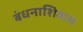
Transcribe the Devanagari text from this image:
बंधनाशिवाय